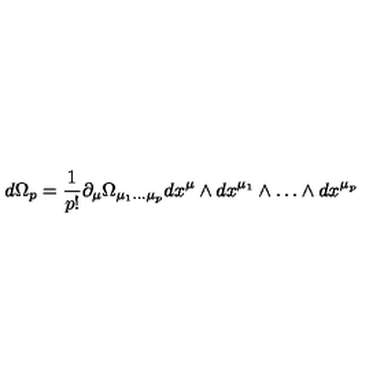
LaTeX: d \Omega _ { p } = \frac { 1 } { p ! } \partial _ { \mu } \Omega _ { \mu _ { 1 } \dots \mu _ { p } } d x ^ { \mu } \wedge d x ^ { \mu _ { 1 } } \wedge \dots \wedge d x ^ { \mu _ { p } }